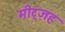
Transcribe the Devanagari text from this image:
मीट्ज़ह